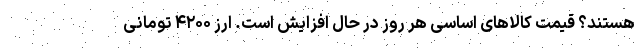
هستند؟ قیمت کالاهای اساسی هر روز در حال افزایش است. ارز ۴۲۰۰ تومانی